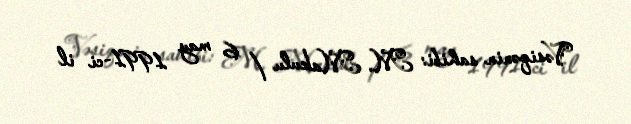
Vəsiqənin sahibi: M. Makulu / 6 may 1991-ci il